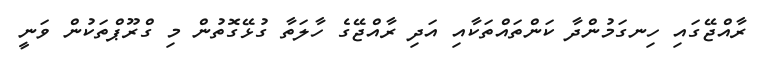
ރާއްޖޭގައި ހިނގަމުންދާ ކަންތައްތަކާއި އަދި ރާއްޖޭގެ ހާލަތާ ގުޅޭގޮތުން މި ގްރޫޕްތަކުން ވަނީ